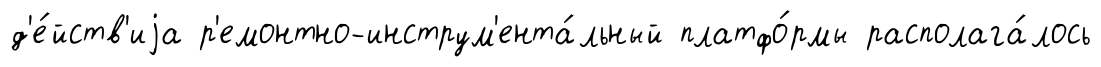
д'е́йств'иjа р'емонтно-инструм'ента́льный платфо́рмы располага́лось